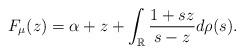
LaTeX: \begin{align*} F_{\mu}(z) = \alpha + z + \int_{\mathbb{R}} \frac{1 + sz}{s - z}d\rho(s).\end{align*}